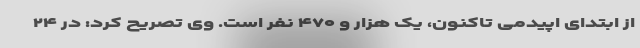
از ابتدای اپیدمی تاکنون، یک هزار و ۴۷۰ نفر است. وی تصریح کرد: در ۲۴